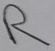
Text: R